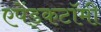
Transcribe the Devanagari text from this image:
एपेंड्कटॉमी